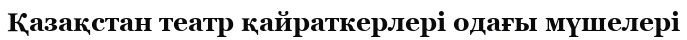
Қазақстан театр қайраткерлері одағы мүшелері